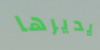
يديرها